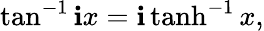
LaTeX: \tan^{-1}\mathbf{i}x=\mathbf{i}\operatorname{tanh}^{-1}x,